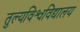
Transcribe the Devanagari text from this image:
तुल्यविश्वविद्यालय